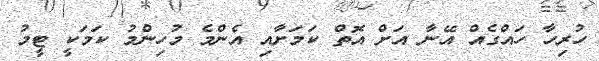
ހުރިހާ ހައްގެއް އޭނާ އަށް އޮތް ކަމަށާއި އެންމެ މުހިންމު ކަމަކީ ޓީމު